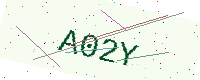
Text: A02Y